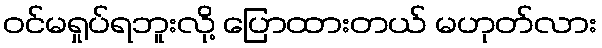
ဝင်မရှုပ်ရဘူးလို့ ပြောထားတယ် မဟုတ်လား